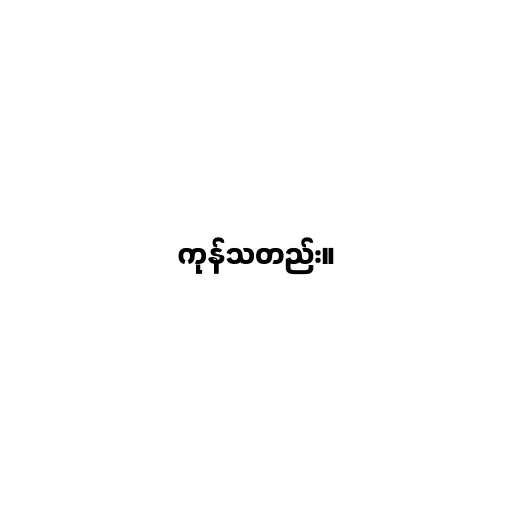
ကုန်သတည်း။